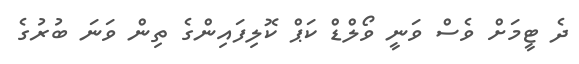
ދެ ޓީމަށް ވެސް ވަނީ ވޯލްޑް ކަޕް ކޮލިފައިންގެ ތިން ވަނަ ބުރުގެ